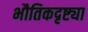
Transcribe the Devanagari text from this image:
भौतिकदृष्ट्या